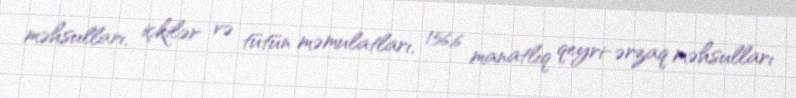
məhsulları, içkilər və tütün məmulatları, 156,6 manatlıq qeyri-ərzaq məhsulları